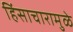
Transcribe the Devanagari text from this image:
हिंसाचारामुळे